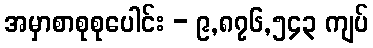
အမှာစာစုစုပေါင်း - ၉,၈၇၆,၅၄၃ ကျပ်